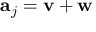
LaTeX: \mathbf { a } _ { j } = \mathbf { v } + \mathbf { w }